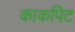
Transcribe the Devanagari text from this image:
काकपिट